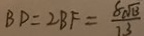
B D = 2 B F = \frac { 8 \sqrt { 1 3 } } { 1 3 }